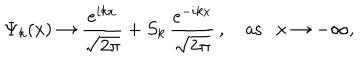
\Psi _ { k } ( x ) \rightarrow \frac { e ^ { i k x } } { \sqrt { 2 \pi } } + S _ { k } \, \frac { e ^ { - i k x } } { \sqrt { 2 \pi } } \, , ~ \mathrm { a s } x \rightarrow - \infty ,